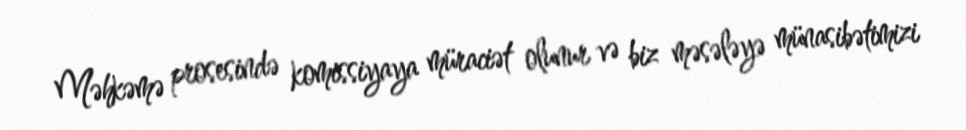
Məhkəmə prosesində komissiyaya müraciət olunur və biz məsələyə münasibətimizi